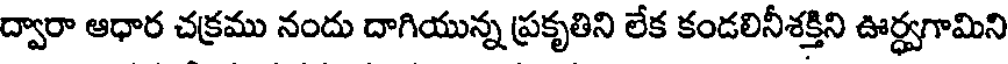
ద్వారా ఆధార చక్రము నందు దాగియున్న ప్రకృతిని లేక కండలినీశక్తిని ఊర్ధ్వగామిని